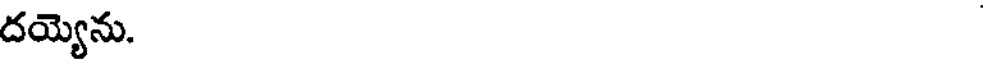
దయ్యెను.